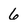
Character: 6